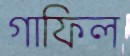
গাফিল